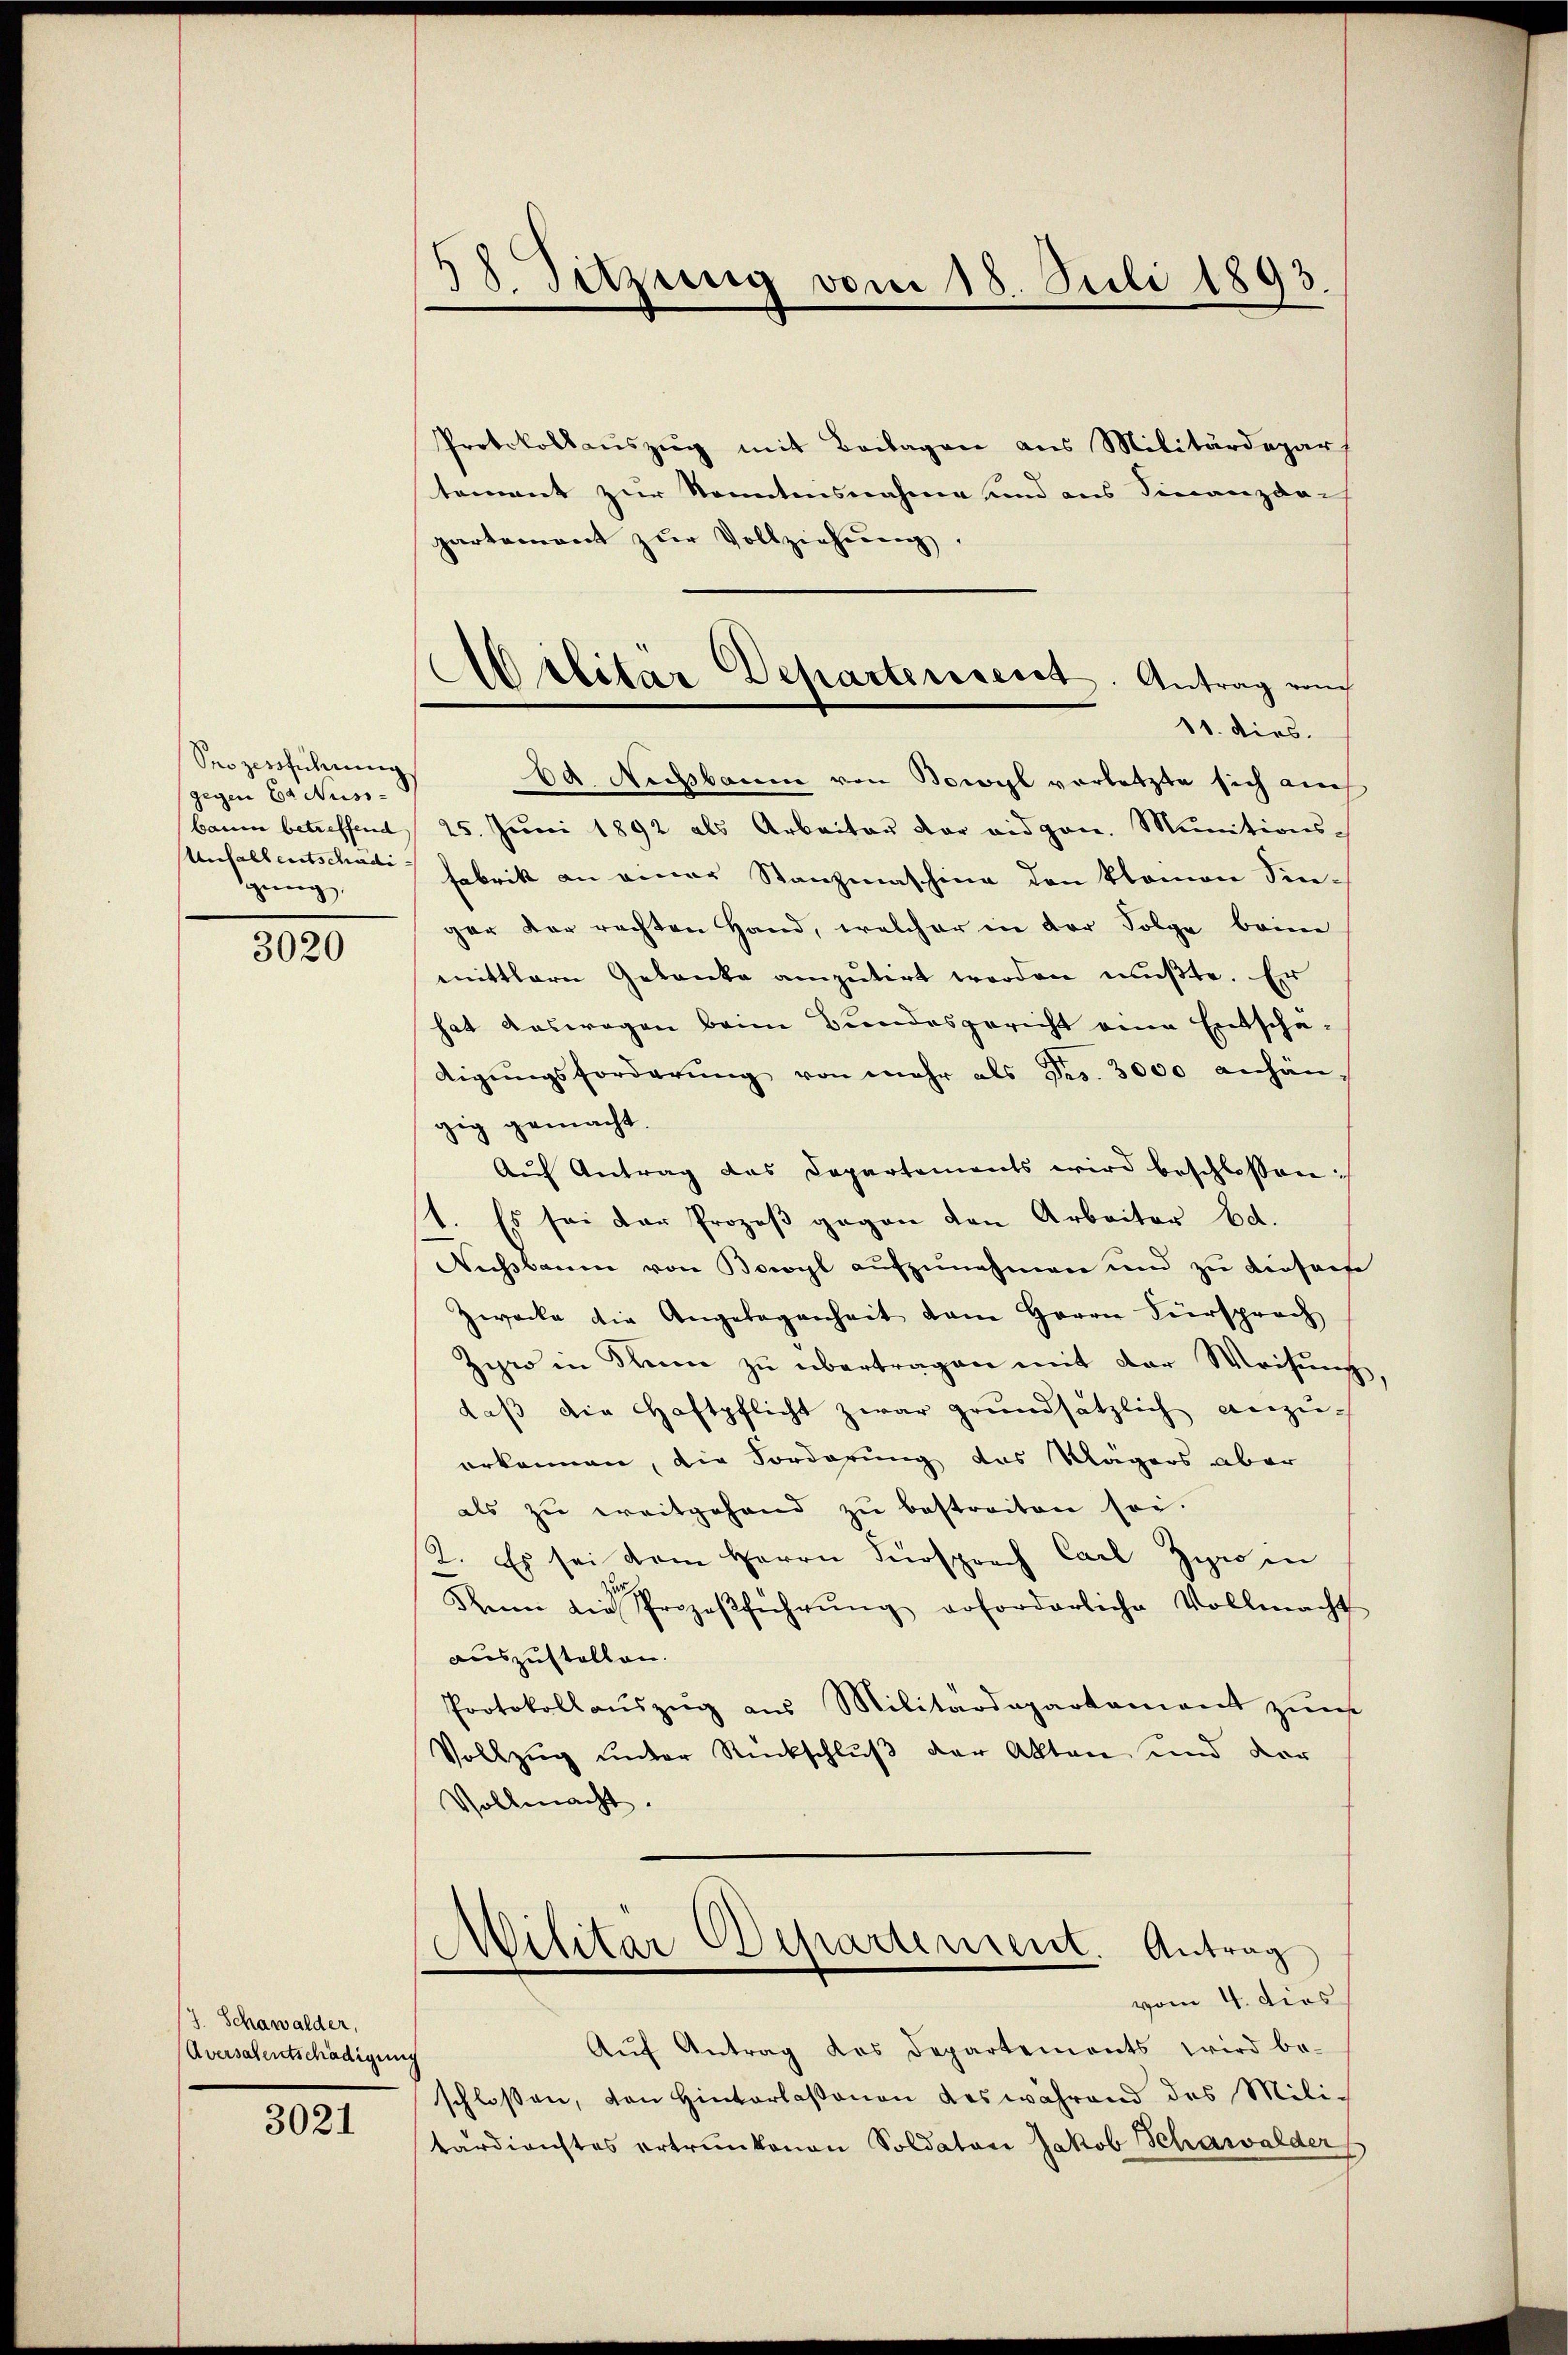
Prozessführung
gegen Ea Nuss-
bauen betreffend
Unfallentschädigung,

3020

/7. Schawalder,
Aversalentschädigung
3021

58. Sitzung vom 18. Juli 1893

d
Militar Separtenseret. Antrag vom
11. dies.

Militar Departement. Antrag
vom 4. dies

Protokollauszug mit Beilagen aus Militärdepar
tement zur Sonntensnahme und aus Finanzdar
partement zŭr Vollziehung
6d. Nachbaum von Bowyl verletzte sich auch
25. Juni 1892 als Arbeiter der eidgen. Munitions-
Fabrik an einer Stanzmaschine den klamon Singer der rechten Hand, welcher in der Folge beim
mittlere Gedanke amputirt worden mußte. Er
hat Auswegen beim Bundesgericht eine Entscha-
digŭngsforderŭng von mehr als Dr. 3000 anhän
gig gemacht.
Auf Antrag das Departements wird beschlossen
st. Es sei der Prozeß gegen den Arbeiter Ed.
Wechsbaum von Bowyl aŭfzŭnehmen und zu dieserte
Zwecke die Angelegenheit dem Herrn Fürsprach
Ziro in Name zu übertragen mit der Weisung,
daβ die Haftpflicht zwar grŭndsätzlich anzŭ-
erkennen, die Forderung das Magers aber
als zu ereitgehend zu bestreiten sei.
2. Es sei dem Herrn Fürsprach Carl Zyro in
Reien die Prozeβführŭng erforderliche Vollmacht
auszustellen.
Protokollauszug aus Militärdepartament zur
Vollzug unter Rückschlŭβ der Akten und der
Vollmacht.

Aŭf Antrag des Departements wird be-
schloßen, von Hinterlaßenen des während das Mili-
tärdienstes ertrunkenen Soldator Jakob Schawalder